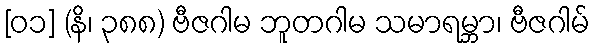
[၀၁] (နိ၊ ၃၈၈) ဗီဇဂါမ ဘူတဂါမ သမာရမ္ဘာ၊ ဗီဇဂါမ်